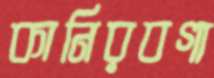
কানিরবগা